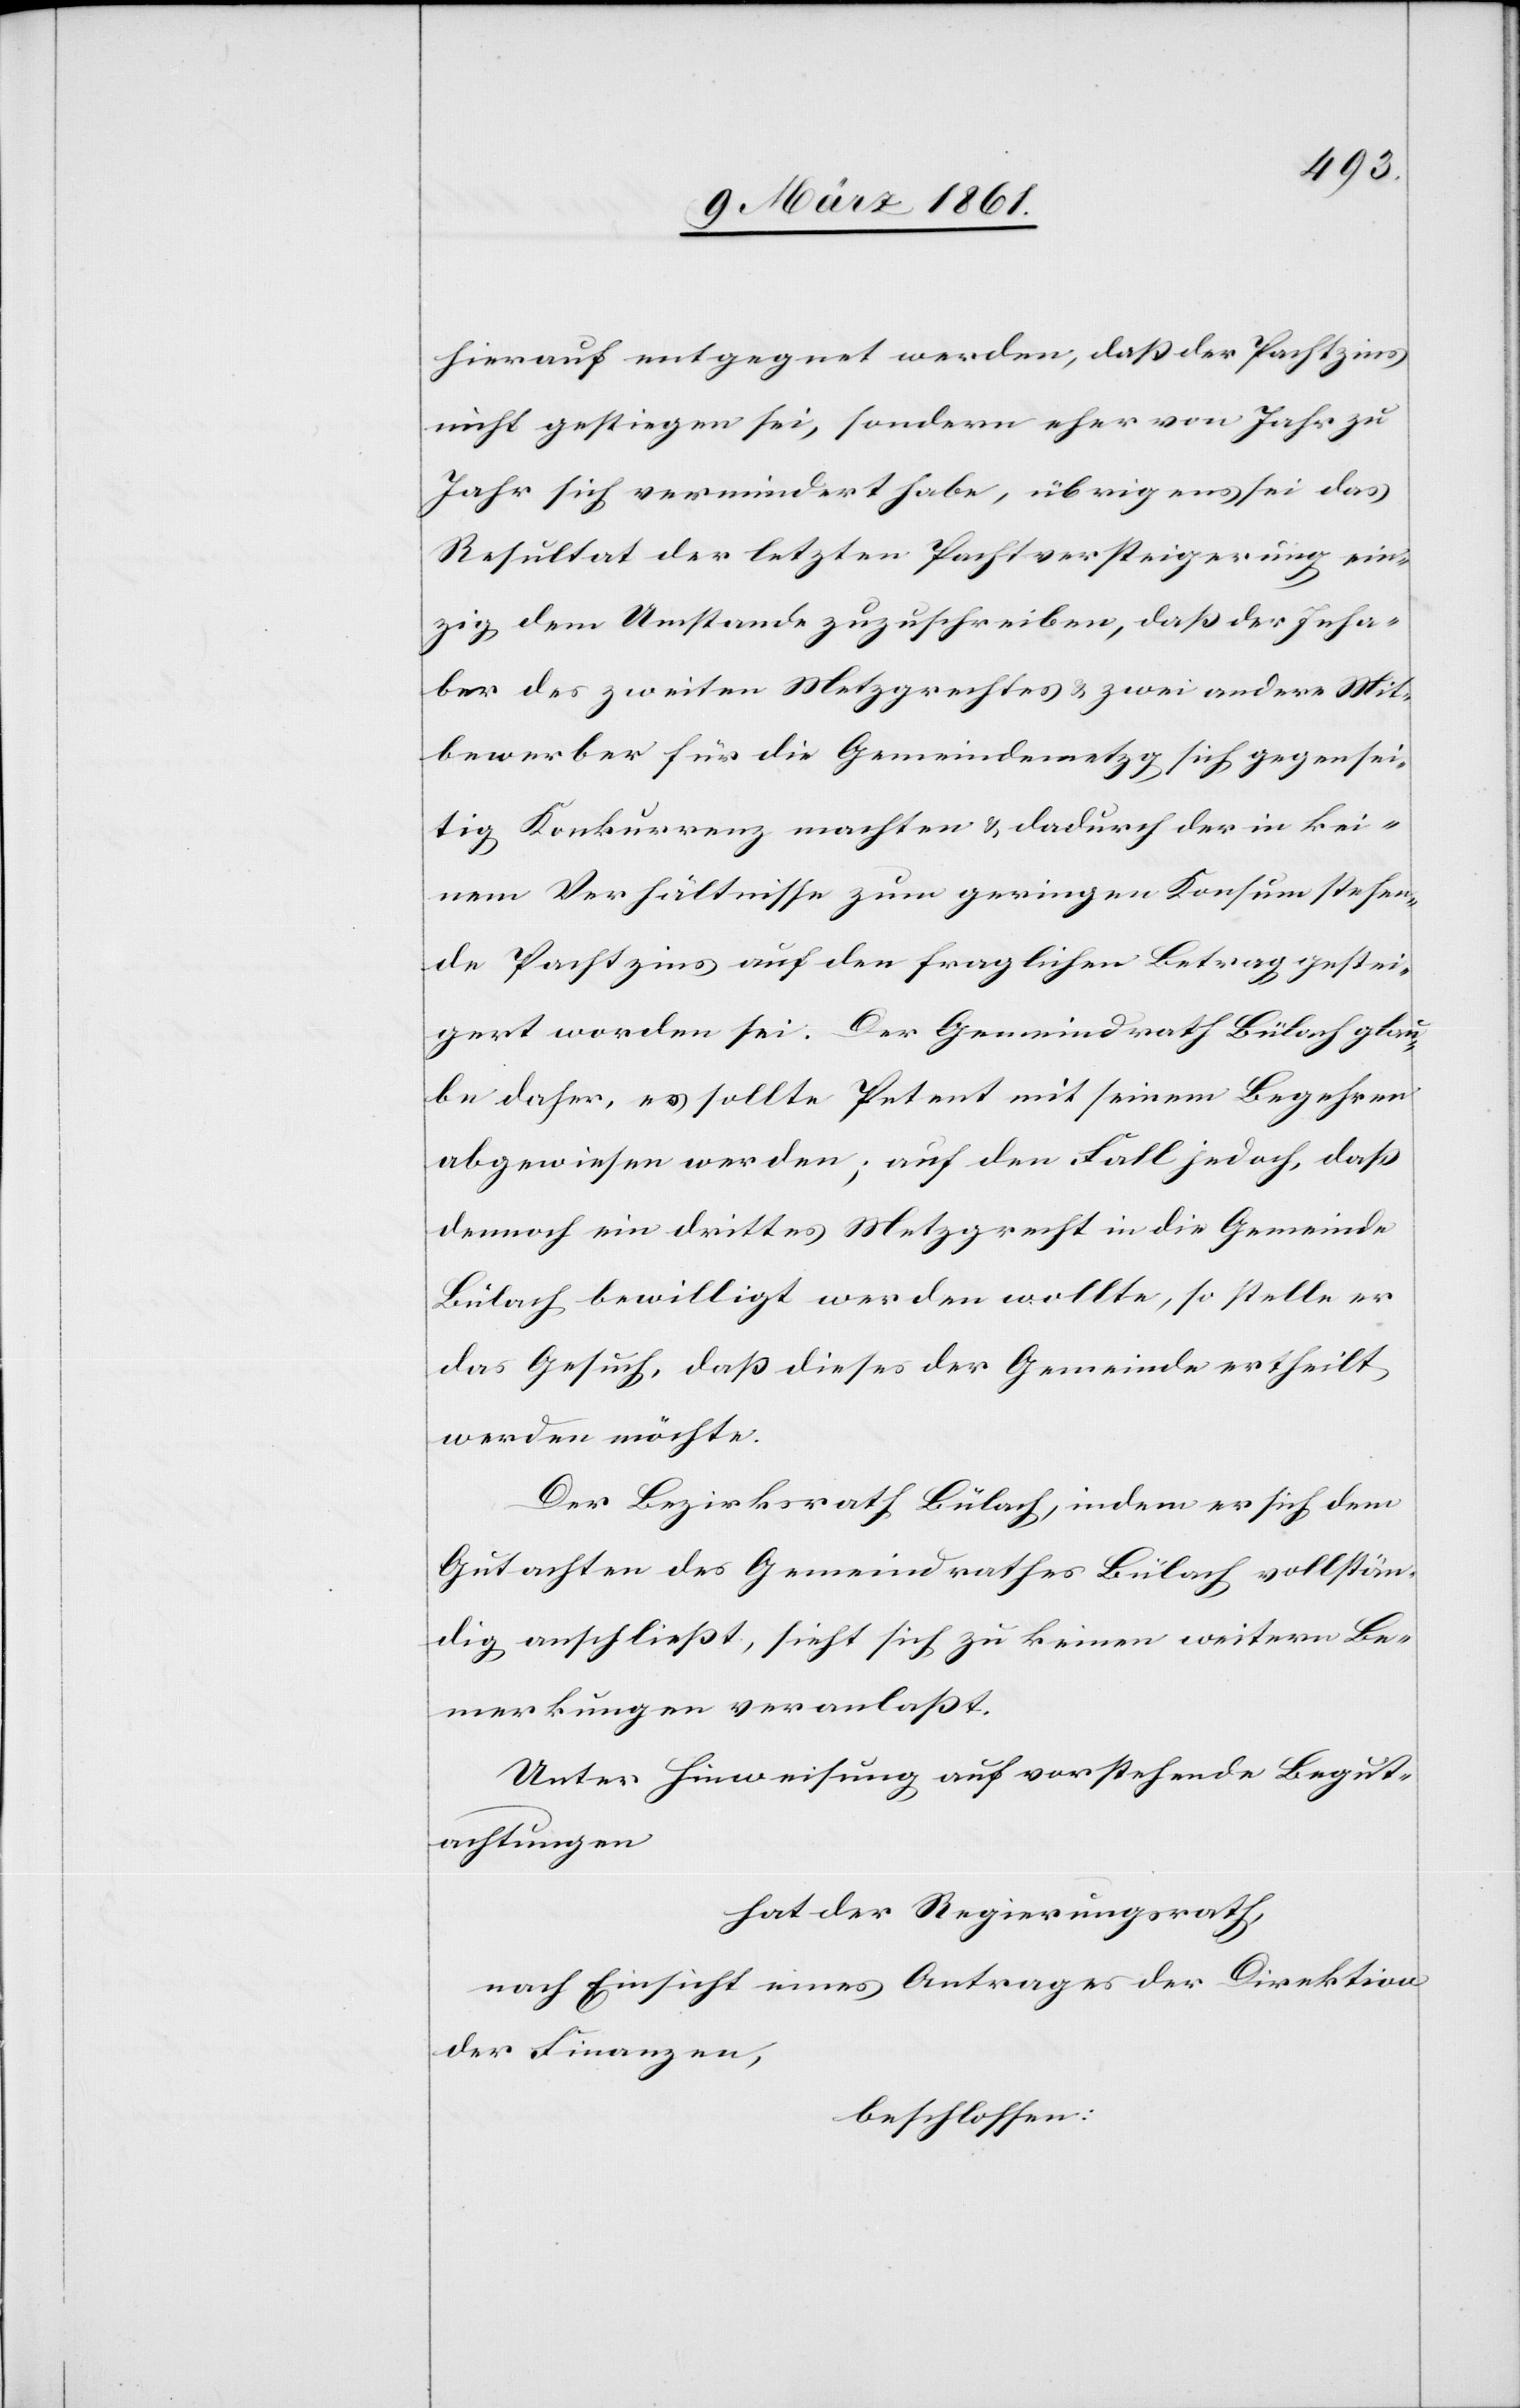
hierauf entgegnet werden, dass der Pachtzins
nicht gestiegen sei, sondern eher von Jahr zu
Jahr sich vermindert habe, übrigens sei das
Resultat der letzten Pachtversteigerung ein¬
zig dem Umstande zuzuschreiben, dass der Inha¬
ber des zweiten Metzgrechtes u. zwei andere Mit¬
bewerber für die Gemeindemetzg sich gegensei¬
tig Konkurrenz machten u. dadurch der in kei¬
nem Verhältnisse zum geringen Konsum stehen¬
de Pachtzins auf den fraglichen Betrag gestei¬
gert worden sei. Der Gemeindrath Bülach glau¬
be daher, es sollte Petent mit seinem Begehren
abgewiesen werden; auf den Fall jedoch, dass
dennoch ein drittes Metzgrecht in die Gemeinde
Bülach bewilligt werden wollte, so stelle er
das Gesuch, dass dieses der Gemeinde ertheilt
werden möchte.
Der Bezirksrath Bülach, indem er sich dem
Gutachten des Gemeindrathes Bülach vollstän¬
dig anschliesst, sieht sich zu keinen weitern Be¬
merkungen veranlasst.
Unter Hinweisung auf vorstehende Begut¬
achtungen
hat der Regierungsrath,
nach Einsicht eines Antrages der Direktion
der Finanzen,
beschlossen: